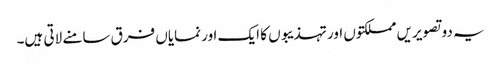
یہ دو تصویریں مملکتوں اور تہذیبوں کا ایک اور نمایاں فرق سامنے لاتی ہیں۔